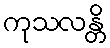
ကုသလန္တိ